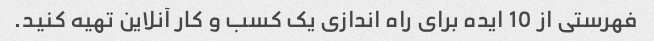
فهرستی از 10 ایده برای راه اندازی یک کسب و کار آنلاین تهیه کنید.